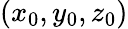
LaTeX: \left(x_{0},y_{0},z_{0}\right)